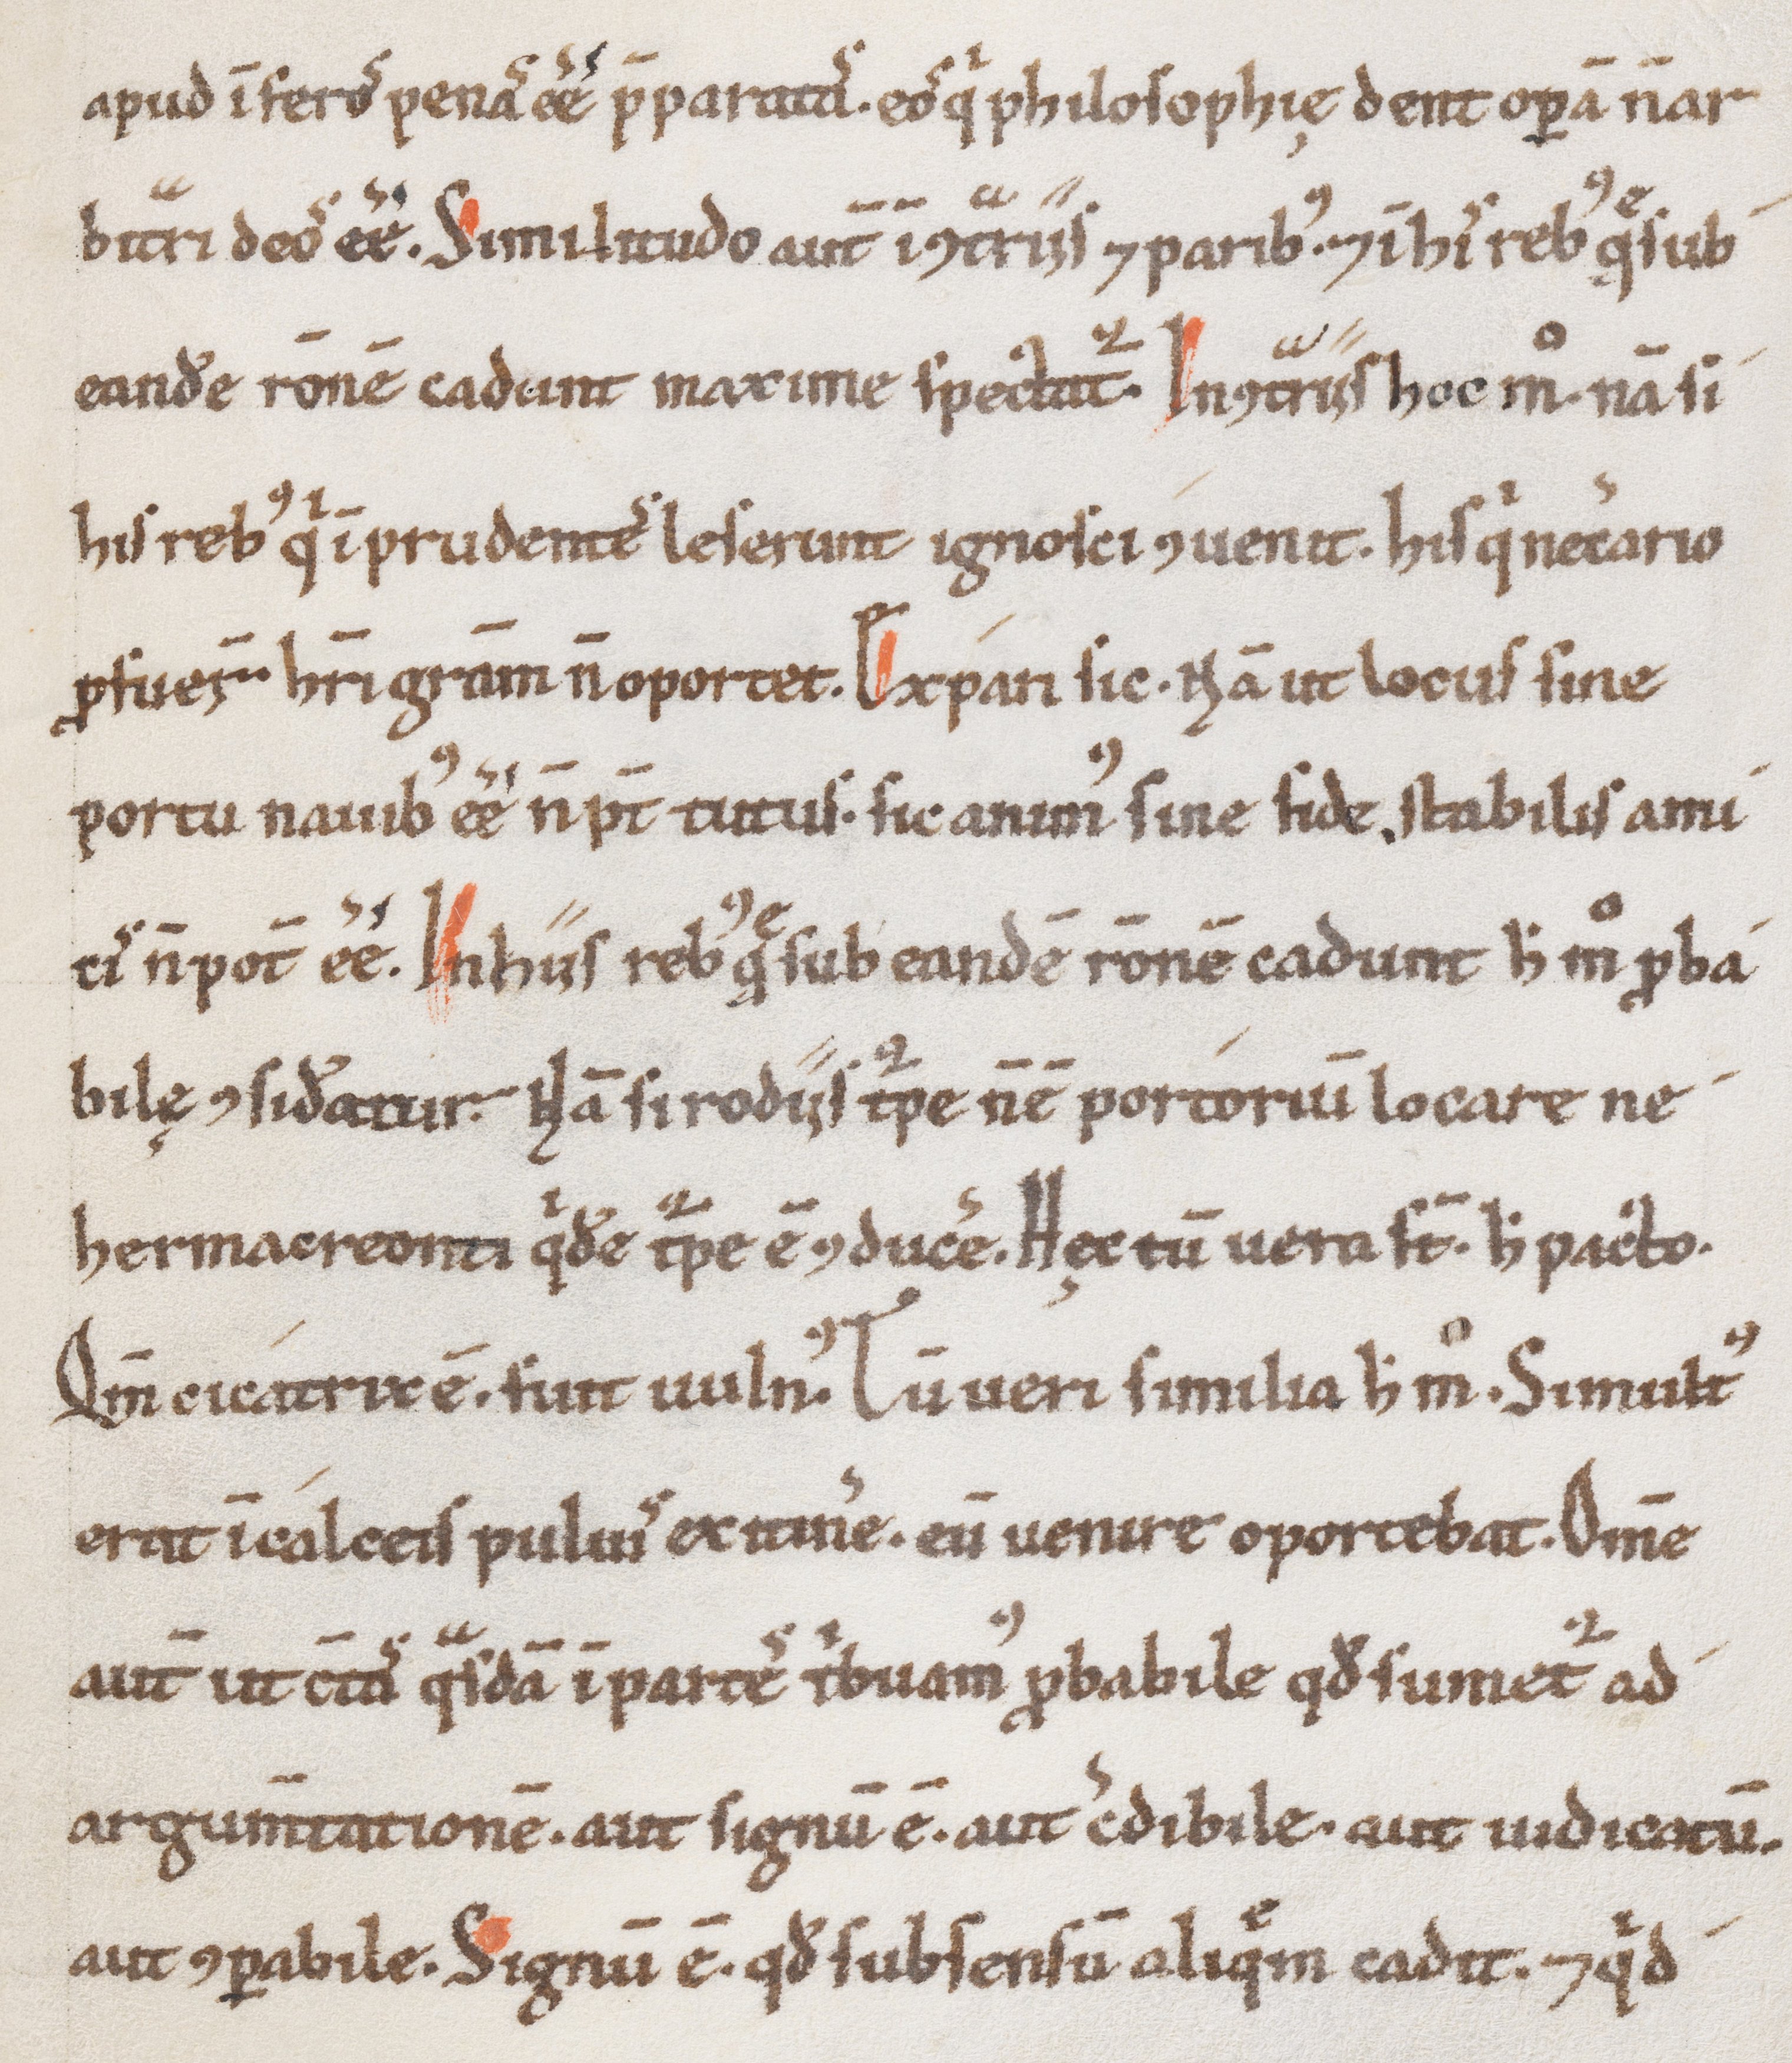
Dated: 1100–1199